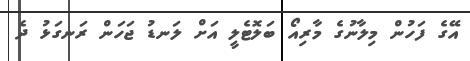
އޭގެ ފަހުން މިލާނުގެ މާރިއޯ ބަލޮޓެލީ އަށް ލަނޑު ޖަހަން ރަނގަޅު ދެ